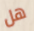
هل